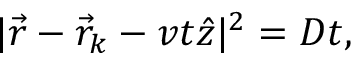
| \vec { r } - \vec { r } _ { k } - v t \hat { z } | ^ { 2 } = D t ,